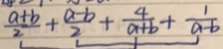
\frac { a + b } { 2 } + \frac { a - b } { 2 } + \frac { 4 } { a + b } + \frac { 1 } { a - b }